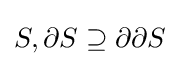
S,\partial S\supseteq \partial \partial S